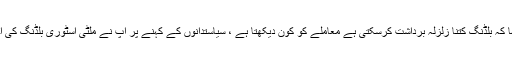
انہوںنے کہا کہ بلڈنگ کتنا زلزلہ برداشت کرسکتی ہے معاملے کو کون دیکھتا ہے ، سیاستدانوں کے کہنے پر آپ نے ملٹی اسٹوری بلڈنگ کی اجازت دی ۔